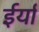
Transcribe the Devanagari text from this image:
ईर्या